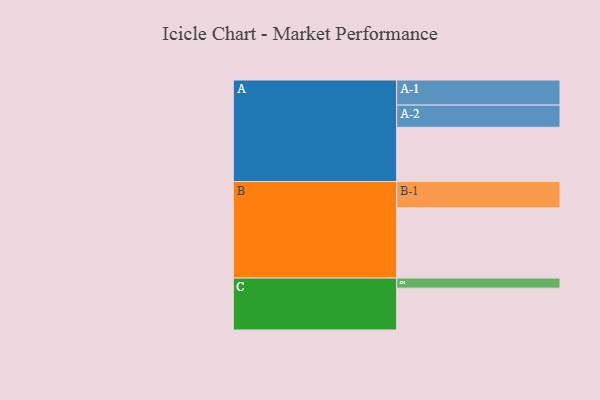
{"axis": {"x": "Segment", "y": "Value"}, "legend": ["", "A", "B", "C"], "data": [{"x": "A", "y": 430, "type": ""}, {"x": "B", "y": 558, "type": ""}, {"x": "C", "y": 332, "type": ""}, {"x": "A-1", "y": 199, "type": "A"}, {"x": "A-2", "y": 176, "type": "A"}, {"x": "B-1", "y": 208, "type": "B"}, {"x": "C-1", "y": 80, "type": "C"}]}